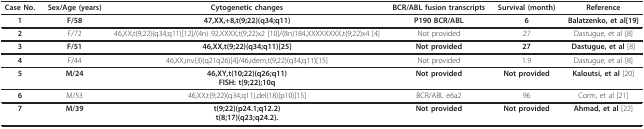
| Case No. | Sex/Age (years) | Cytogenetic changes | BCR/ABL fusion transcripts | Survival (month) | Reference |
 | --- | --- | --- | --- | --- | --- |
 | 1 | F/58 | 47,XX,+8,t(9;22)(q34;q11) | P190 BCR/ABL | 6 | Balatzenko, et al[19] |
 | 2 | F/72 | 46,XX,t(9;22)(q34;q11)[12]/(4n) 92,XXXX,t(9;22)x2 [10]/(8n)184,XXXXXXXX,t(9;22)x4 [4] | Not provided | 27 | Dastugue, et al [8] |
 | 3 | F/51 | 46,XX,t(9;22)(q34;q11)[25] | Not provided | 27 | Dastugue, et al [8] |
 | 4 | F/44 | 46,XX,inv(3)(q21q26)[4]/46,idem,t(9;22)(q34;q11)[15] | Not provided | 1.9 | Dastugue, et al [8] |
 | 5 | M/24 | 46,XY,t(10;22)(q26;q11)FISH: t(9;22);10q | Not provided | Not provided | Kaloutsi, et al [20] |
 | 6 | M/53 | 46,XX,t(9;22)(q34;q11),del(18)(p10)[15] | BCR/ABL e6a2 | 96 | Corm, et al [21] |
 | 7 | M/39 | t(9;22)(p24.1;q12.2)t(8;17)(q23;q24.2). | Not provided | Not provided | Ahmad, et al [22] |